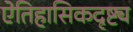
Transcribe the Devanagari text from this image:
ऐतिहासिकदृष्ट्य